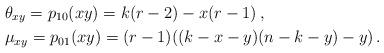
LaTeX: \begin{align*} &\theta_{xy} = p_{10}(xy) = k(r-2)-x(r-1) \,,\\ &\mu_{xy} = p_{01}(xy) = (r-1) ((k - x - y) (n-k-y)-y)\,. \end{align*}